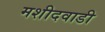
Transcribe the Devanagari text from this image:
मशीदवाडी